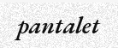
pantalet